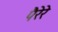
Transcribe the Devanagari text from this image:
पैरेरे